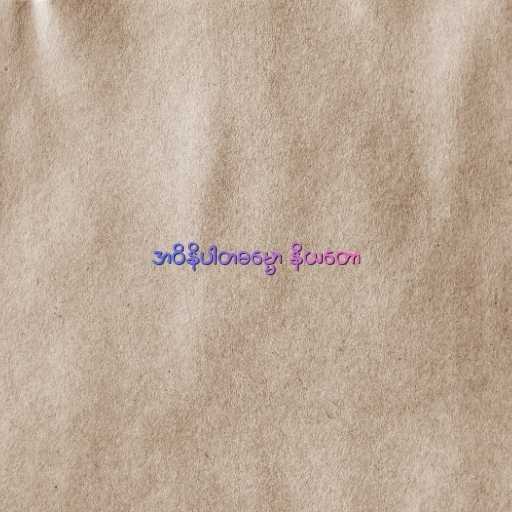
အဝိနိပါတဓမ္မော နိယတော